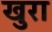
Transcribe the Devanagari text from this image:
खुरा